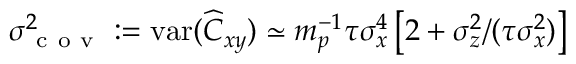
\sigma _ { \mathrm { ~ c ~ o ~ v ~ } } ^ { 2 } : = \mathrm { v a r } ( \widehat { C } _ { x y } ) \simeq m _ { p } ^ { - 1 } \tau \sigma _ { x } ^ { 4 } \left[ 2 + \sigma _ { z } ^ { 2 } / ( \tau \sigma _ { x } ^ { 2 } ) \right]